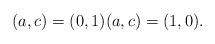
LaTeX: \begin{align*}(a, c)=(0, 1) (a, c)=(1, 0). \end{align*}